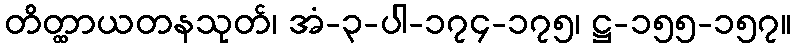
တိတ္ထာယတနသုတ်၊ အံ-၃-ပါ-၁၇၄-၁၇၅၊ ဋ္ဌ-၁၅၅-၁၅၇။